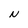
Character: N